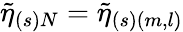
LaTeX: \widetilde{\eta}_{(s)N}=\widetilde{\eta}_{(s)(m,l)}